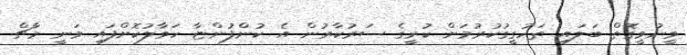
ވީނުވީގޮތް ބަލައި ތަހުގީގުކުރުމަށް ކުރީގެ ސަރުކާރުން އެ ކުންފުންޏާ ހަވާލުކޮށްފައި ވަނީ މާޗް